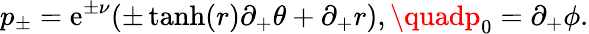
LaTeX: p_{\pm}=\mathrm{e}^{\pm\nu}(\pm\operatorname{tanh}(r)\partial_{+}\theta+\partial_{+}r),\quadp_{0}=\partial_{+}\phi.